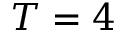
T = 4